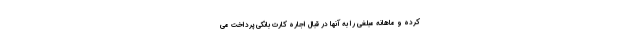
کرده و ماهانه مبلغی را به آنها در قبال اجاره کارت بانکی پرداخت می